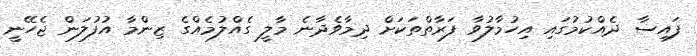
ފައިސާ ދެއްކުމުގައި އިހުމާލުވާ ފަރާތްތަކަށް ދިމާވެދާނެ މާލީ ގެއްލުމެއްގެ ޒިންމާ އުފުލަން ޖެހޭނީ